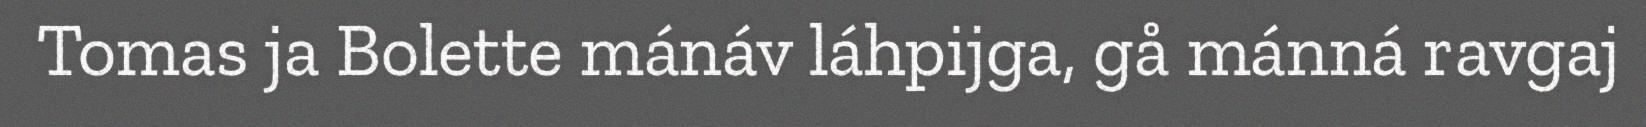
Tomas ja Bolette mánáv láhpijga, gå mánná ravgaj